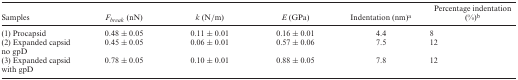
<table><thead><tr><td><b>Samples</b></td><td><b><i>F<sub>break</sub></i> (nN)</b></td><td><b><i>k</i> (N/m)</b></td><td><b><i>E</i> (GPa)</b></td><td><b>Indentation (nm)<sup>a</sup></b></td><td><b>Percentage indentation (%)<sup>b</sup></b></td></tr></thead><tbody><tr><td>(1) Procapsid</td><td>0.48 ± 0.05</td><td>0.11 ± 0.01</td><td>0.16 ± 0.01</td><td>4.4</td><td>8</td></tr><tr><td>(2) Expanded capsid no gpD</td><td>0.45 ± 0.05</td><td>0.06 ± 0.01</td><td>0.57 ± 0.06</td><td>7.5</td><td>12</td></tr><tr><td>(3) Expanded capsid with gpD</td><td>0.78 ± 0.05</td><td>0.10 ± 0.01</td><td>0.88 ± 0.05</td><td>7.8</td><td>12</td></tr></tbody></table>